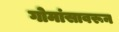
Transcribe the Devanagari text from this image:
गोमांसावरून